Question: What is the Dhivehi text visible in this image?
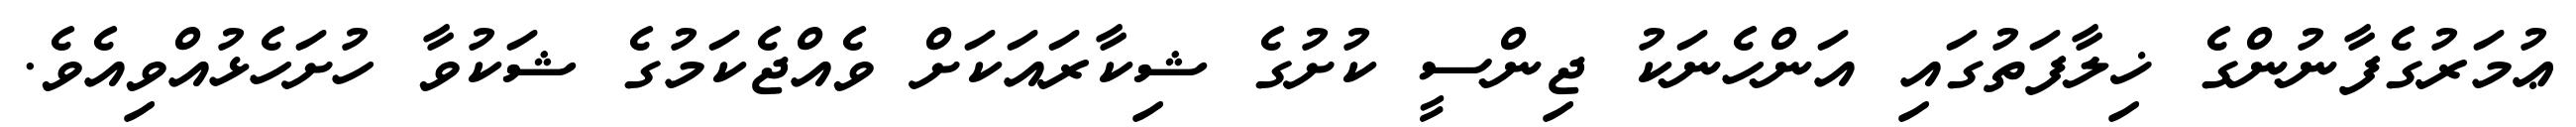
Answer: ޢުމަރުގެފާނުންގެ ޚިލާފަތުގައި އަންހެނަކު ޖިންސީ ކުށުގެ ޝިކާރައަކަށް ވެއްޖެކަމުގެ ޝަކުވާ ހުށަހެޅުއްވިއެވެ.